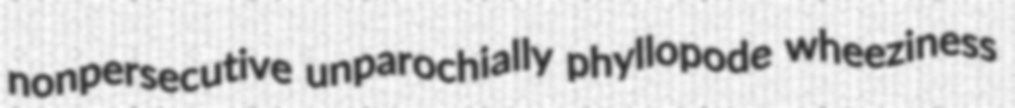
nonpersecutive unparochially phyllopode wheeziness